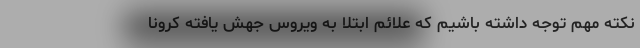
نکته مهم توجه داشته باشیم که علائم ابتلا به ویروس جهش یافته کرونا